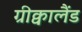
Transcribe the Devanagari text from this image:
ग्रीक्वालैंड